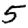
Digit: 5